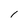
Character: 1